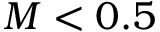
M < 0 . 5